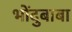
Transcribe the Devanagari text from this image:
भोंदुबाबा